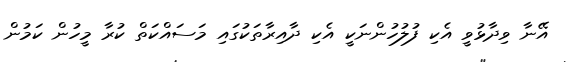
އޭނާ ވިދާޅުވީ އެކި ފުލުހުންނަކީ އެކި ދާއިރާތަކުގައި މަސައްކަތް ކުރާ މީހުން ކަމުން